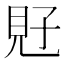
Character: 覎